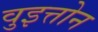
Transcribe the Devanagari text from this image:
वुइत्तोन